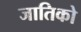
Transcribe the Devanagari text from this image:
जातिको